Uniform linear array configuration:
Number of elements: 8
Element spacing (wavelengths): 1
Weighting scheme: cosine
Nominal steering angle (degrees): -60
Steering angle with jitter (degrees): -59.358
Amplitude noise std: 0.05
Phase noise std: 0.05

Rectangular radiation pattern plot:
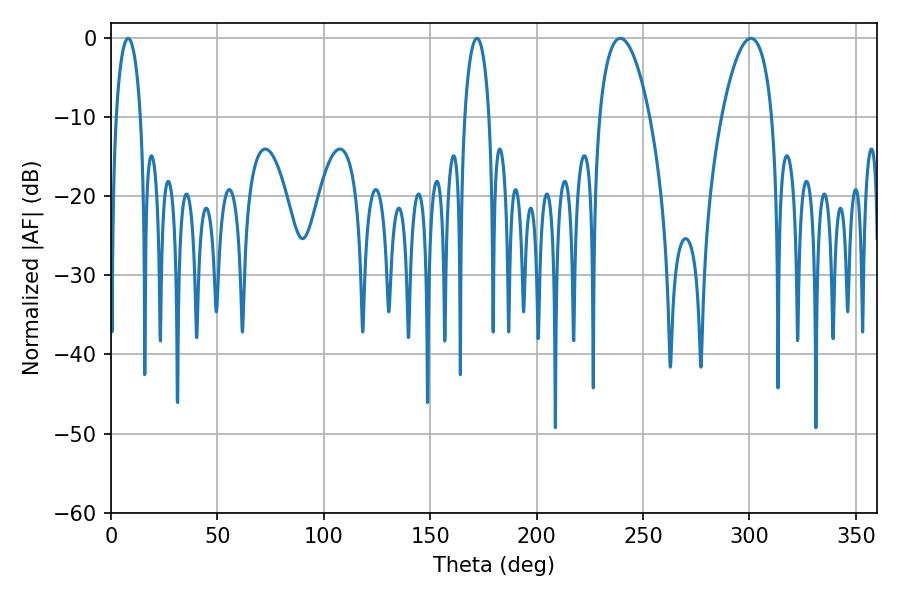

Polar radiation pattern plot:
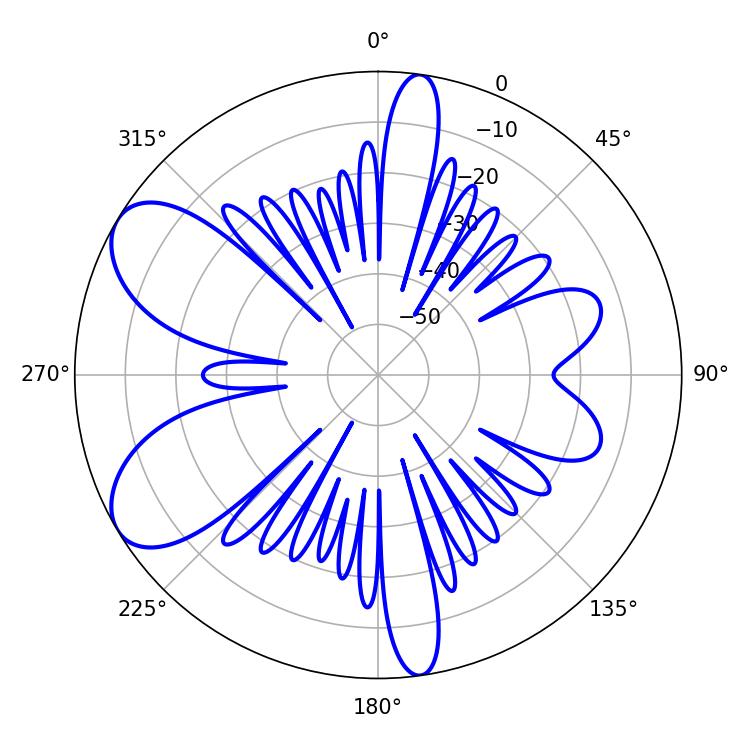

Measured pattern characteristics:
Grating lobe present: TRUE
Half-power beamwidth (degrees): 13.32
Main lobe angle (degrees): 239.22